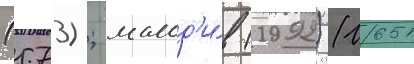
(573); мальд'и́в (1992) (1651